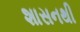
શાસનથી